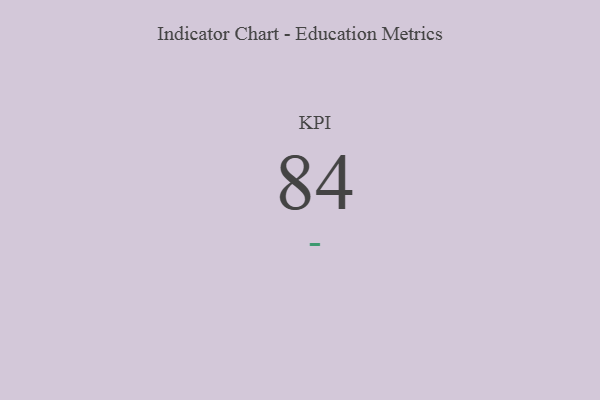
{"axis": {"x": "KPI", "y": "Value"}, "legend": [""], "data": [{"x": "KPI", "y": 84, "type": ""}]}